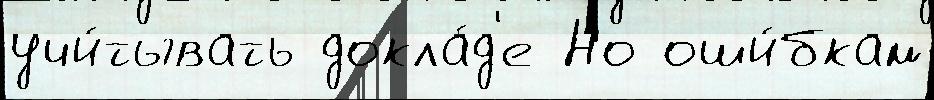
учи́тывать докла́д'е Но оши́бкам